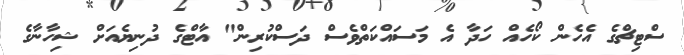
ސްޓިޗްގެ އެހެން ކޯހެއް ހަދާ އެ މަސައްކަތްވެސް ދަސްކުރިން" އާޓްގެ ދުނިޔެއަށް ޝިހާނާގެ